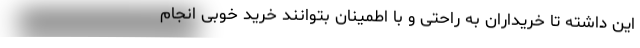
این داشته تا خریداران به راحتی و با اطمینان بتوانند خرید خوبی انجام